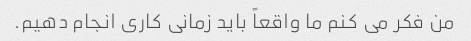
من فکر می کنم ما واقعاً باید زمانی کاری انجام دهیم.